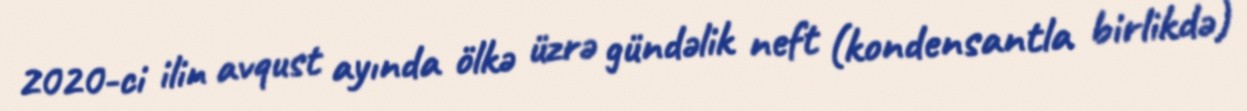
2020-ci ilin avqust ayında ölkə üzrə gündəlik neft (kondensantla birlikdə)